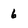
Character: 6